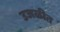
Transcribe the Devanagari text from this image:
उजळीत